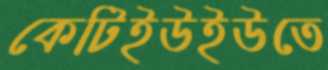
কেটিইউইউতে